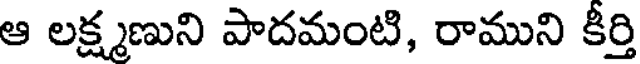
ఆ లక్ష్మణుని పాదమంటి, రాముని కీర్తి